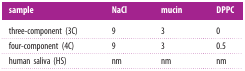
<table><thead><tr><td><b>sample</b></td><td><b>NaCl</b></td><td><b>mucin</b></td><td><b>DPPC</b></td></tr></thead><tbody><tr><td>three-component (3C)</td><td>9</td><td>3</td><td>0</td></tr><tr><td>four-component (4C)</td><td>9</td><td>3</td><td>0.5</td></tr><tr><td>human saliva (HS)</td><td>nm</td><td>nm</td><td>nm</td></tr></tbody></table>